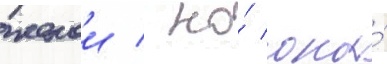
женои / но́ она́